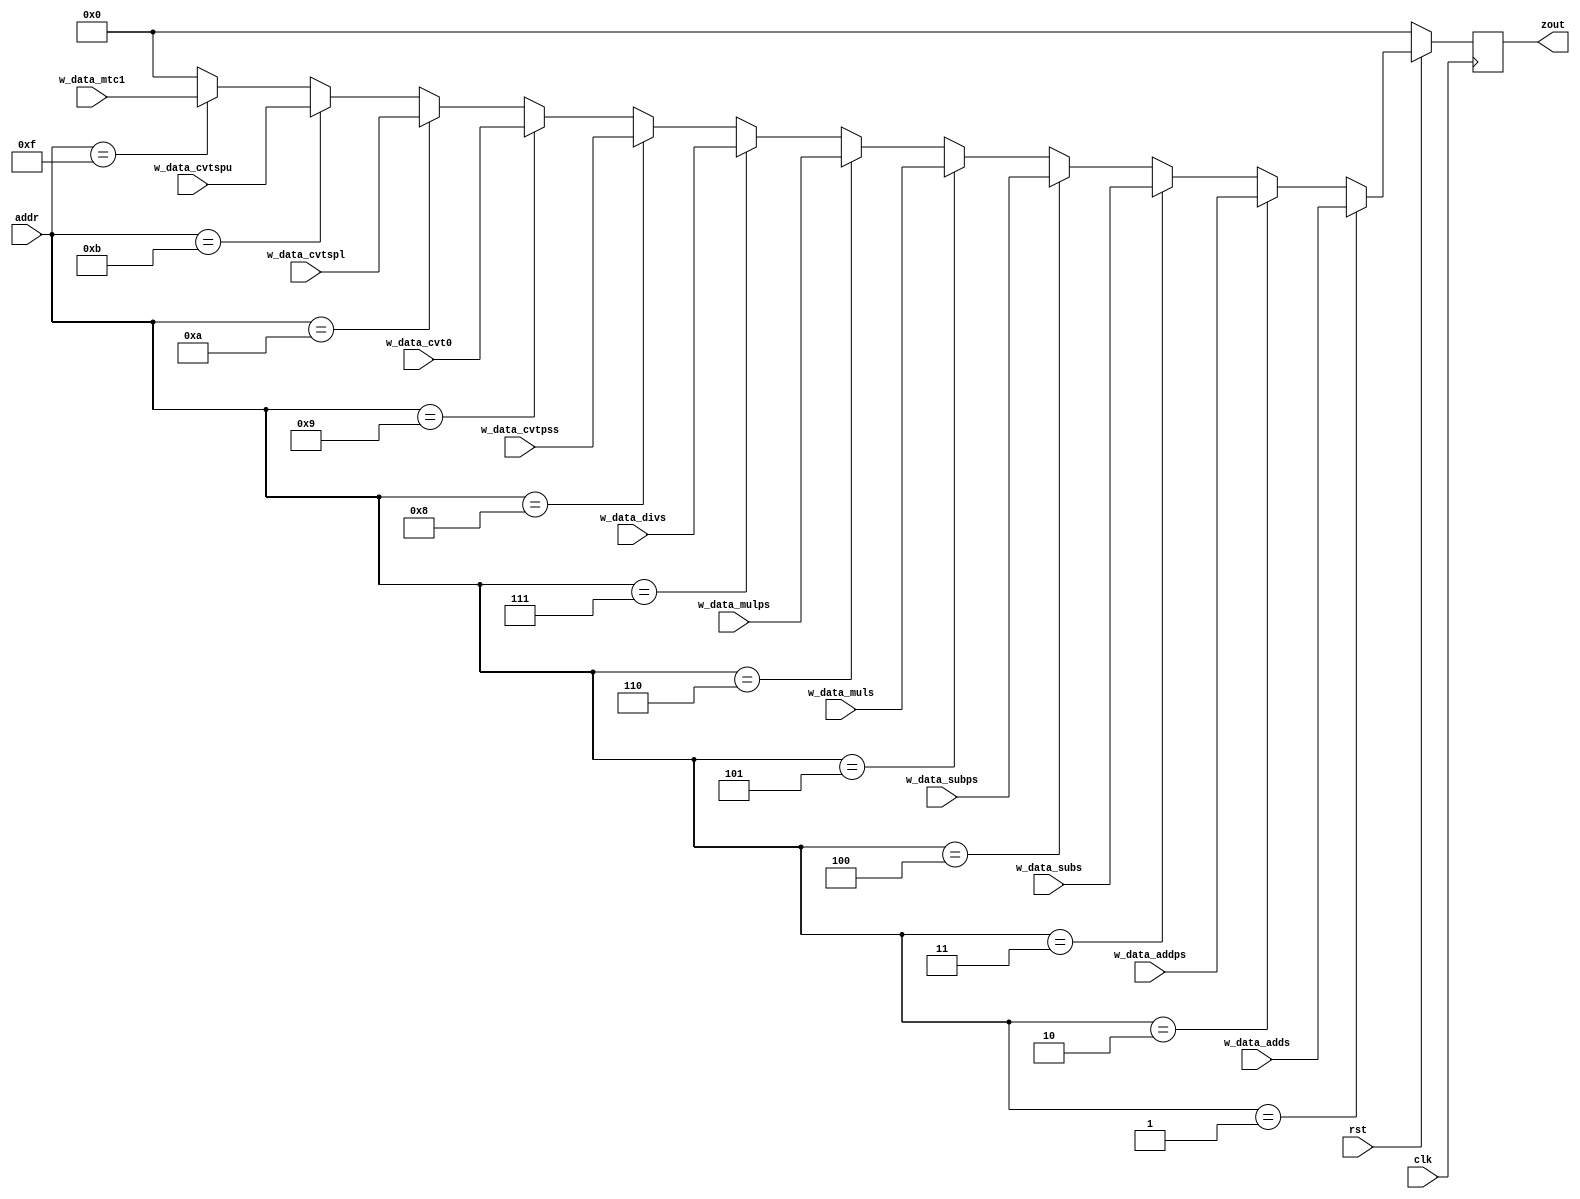
module addr_MUX(
clk,
rst,
w_data_adds,
w_data_subs,
w_data_muls,
w_data_divs,
w_data_cvtpss,
w_data_mtc1,
w_data_addps,
w_data_subps,
w_data_mulps,
w_data_cvt0,
w_data_cvtspl,
w_data_cvtspu,
addr,
zout
);

input clk;
input rst;
input [3:0] addr;
input [31:0] w_data_adds;
input [31:0] w_data_subs;
input [31:0] w_data_muls;
input [31:0] w_data_divs;
//input [31:0] w_data_cvt;
input [31:0] w_data_cvtpss;
input [31:0] w_data_mtc1;
input [31:0] w_data_addps;
input [31:0] w_data_subps;
input [31:0] w_data_mulps;
input [31:0] w_data_cvt0;
input [31:0] w_data_cvtspl;
input [31:0] w_data_cvtspu;
output reg [31:0] zout;

always @(posedge clk)begin

	if (!rst) zout=0;
	else if (addr == 4'b0001) zout = w_data_adds;
	else if (addr == 4'b0010) zout = w_data_addps;
        else if (addr == 4'b0011) zout = w_data_subs;
        else if (addr == 4'b0100) zout = w_data_subps;
        else if (addr == 4'b0101) zout = w_data_muls;
        else if (addr == 4'b0110) zout = w_data_mulps;
        else if (addr == 4'b0111) zout = w_data_divs;
        else if (addr == 4'b1000) zout = w_data_cvtpss;
        else if (addr == 4'b1001) zout = w_data_cvt0;
        else if (addr == 4'b1010) zout = w_data_cvtspl;
        else if (addr == 4'b1011) zout = w_data_cvtspu;
        //else if (addr == 4'b1100) zout = 0; //lui
        //else if (addr == 4'b1101) zout = 0; //ori
        //else if (addr == 4'b1110) zout = 0; //mfc1
        else if (addr == 4'b1111) zout = w_data_mtc1;
	else zout = 0;

end
endmodule